Senior Leaving Certificate Examination (including Day School Certificate (Higher) General paper), 1950
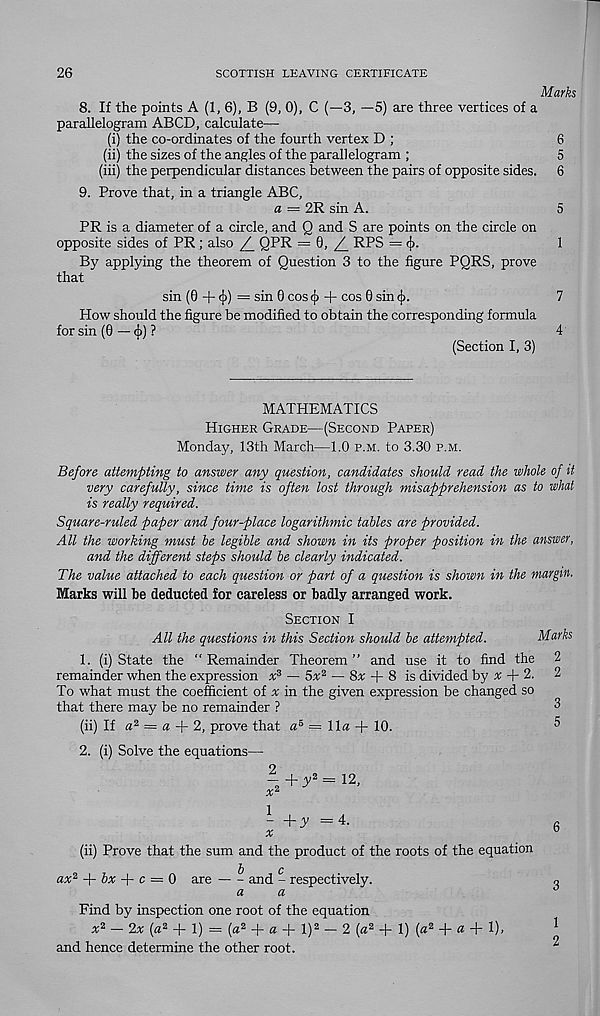
26
SCOTTISH LEAVING CERTIFICATE
Marks
8. If the points A (1, 6), B (9, 0), C (—3, —5) are three vertices of a
parallelogram ABCD, calculate—
(i) the co-ordinates of the fourth vertex D ;
6
(ii) the sizes of the angles of the parallelogram ;
5
(iii) the perpendicular distances between the pairs of opposite sides. 6
9. Prove that, in a triangle ABC,
a = 2R sin A.
5
PR is a diameter of a circle, and Q and S are points on the circle on
opposite sides of PR ; also
QPR — 9. Z. RPS — (j).
1
By applying the theorem of Question 3 to the figure PQRS, prove
that
sin (0 + <}>) = sin 0 cos <| > + cos 0 sin <j>.
7
How should the figure be modified to obtain the corresponding formula
for sin (0 — cj)) ?
4
(Section I, 3)
MATHEMATICS
HIGHER GRADE—(SECOND PAPER)
Monday, 13th March—1.0 P.M. to 3.30 P.M.
Before attempting to answer any question, candidates should read the whole of it
very carefully, since time is often lost through misapprehension as to what
is really required.
Square-ruled paper and four-place logarithmic tables are provided.
All the working must be legible and shown in its proper position in the answer,
and the different steps should be clearly indicated.
The value attached to each question or part of a question is shown in the margin.
Marks will be deducted for careless or badly arranged work.
SECTION I
All the questions in this Section should be attempted.
Marks
1. (i) State the “ Remainder Theorem ” and use it to find the 2
remainder when the expression x 3 — 5x 2 — 8v + 8 is divided by v + 2. 2
To what must the coefficient of v in the given expression be changed so
that there may be no remainder ?
3
(ii) If a 2 = a + 2, prove that a 5 — 11a + 10.
5
2. (i) Solve the equations—
- +y 2 = 12,
x 2
- +y =4.
x
(ii) Prove that the sum and the product of the roots of the equation
b
c
ax 2 -\- bx + c — 0 are
and - respectively.
a
a
Find by inspection one root of the equation
v 2 - 2x [a 2 + 1) = (a 2 + a + l) 2 - 2 [a 2 + 1) (a 2 + « + 1).
and hence determine the other root.